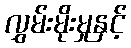
လွှမ်းမိုးမှုနှင့်